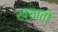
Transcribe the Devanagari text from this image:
ख्यातो